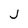
Character: J